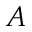
A